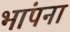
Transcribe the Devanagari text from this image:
भांपना